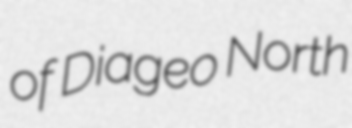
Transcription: of Diageo North